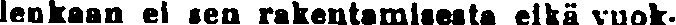
lenkaan ei sen rakentamiseata eikä vuok-